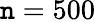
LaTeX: \mathtt{n}=500